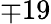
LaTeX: \mp 19